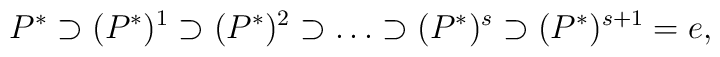
P^* \supset (P^*)^1 \supset (P^*)^2 \supset \ldots \supset(P^*)^s \supset (P^*)^{s+1} = e,